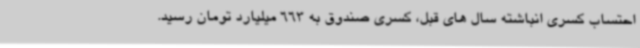
احتساب کسری انباشته سال های قبل، کسری صندوق به 663 میلیارد تومان رسید.